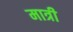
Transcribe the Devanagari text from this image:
मात्री